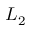
L _ { 2 }